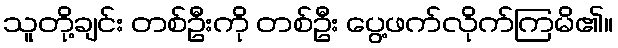
သူတို့ချင်း တစ်ဦးကို တစ်ဦး ပွေ့ဖက်လိုက်ကြမိ၏။